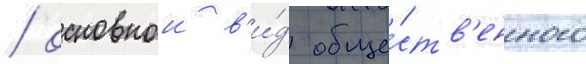
/ основнои в'и́д обще́ств'енного